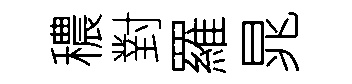
穠對羅晁